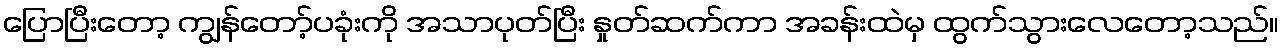
ပြောပြီးတော့ ကျွန်တော့်ပခုံးကို အသာပုတ်ပြီး နှုတ်ဆက်ကာ အခန်းထဲမှ ထွက်သွားလေတော့သည်။